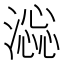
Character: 𣾫